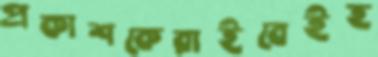
প্রকাশকেরাইবেইহ